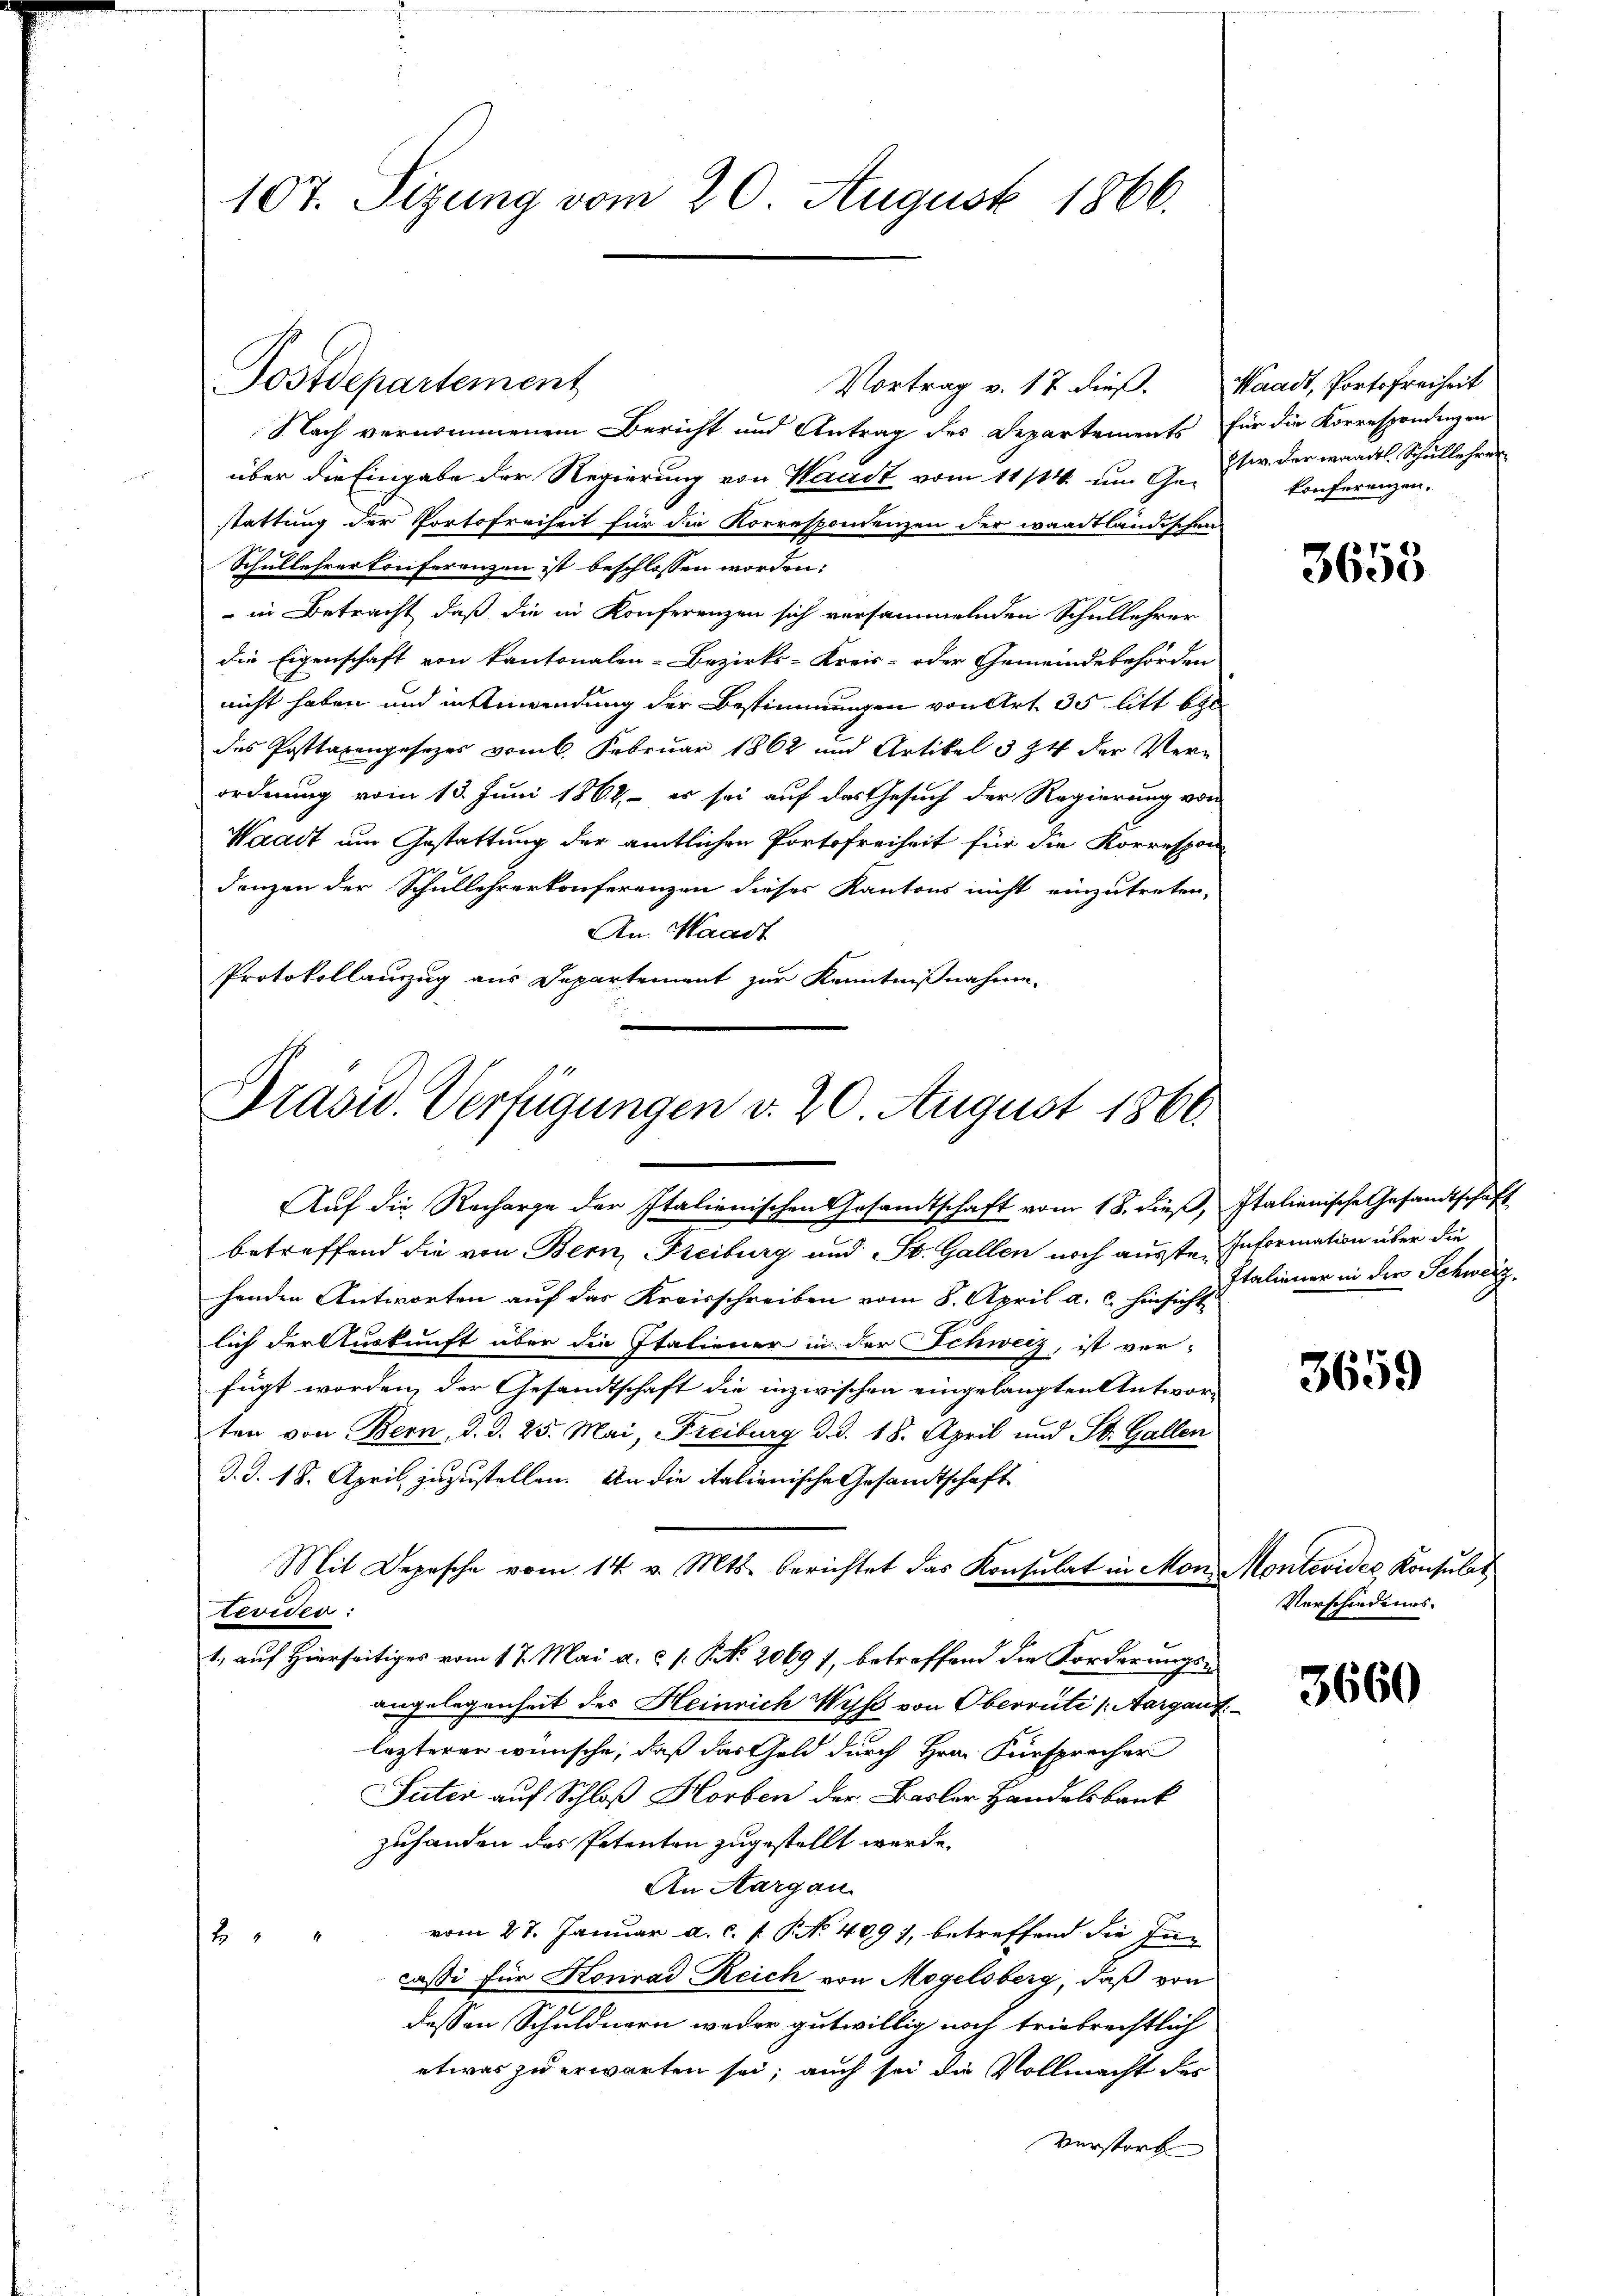
107. Sizung vom 20. August 1866.

Vortrag v. 17 dieß. Waadt, Portofreiheit
Nach vernommenem Bericht und Antrag des Departements für die Korrespondenzen
über die Eingabe der Regierung von Waadt vom 11/14. um Gestattung der Portofreiheit für die Korrespondenzen der waadtländischen
Schullehrer konferenzen ist beschlossen worden:
 in Betracht, daß die in Konferenzen sich versammelnden Schullehrer
die Eigenschaft von Kantonalen-Bezirks-Kreis- oder Gemeindebehörden
nicht haben und in Anwendung der Bestimmungen von Art. 35 litt be
des Posttaxengesezes vom 6. Februar 1862 und Artikel 3 24 der Verordnung vom 13. Juni 1862, es sei auf das Gesuch der Regierung von
Waadt um Gestattung der amtlichen Portofreiheit für die Korrespon
denzen der Schullehrerkonferenzen dieses Kantons nicht einzutreten,
An Waadt
Protokollauszug aus Departement zur Kenntnißnahme.
Präsid. Verfügungen d. 20. August 1860.

Postdepartement

Auf die Recharge der Italienischen Gesandtschaft vom 18. dieß, Italienische Gesandtschaft
betreffend die von Bern, Freiburg und St. Gallen noch ausste. Information über die
henden Antworten auf das Kreisschreiben vom 8. April a. c. hinsicht
lich der Auskunft über die Italiener in der Schweiz, ist ver-
fügt worden, der Gesandtschaft die inzwischen eingelangten Antworten von Bern, d. d. 25. Mai, Freiburg d. d. 18. April und St. Gallen
J. J. 18. April, zuzustellen. An die italienische Gesandtschaft
Mit Depesche vom 14. v. Mts. berichtet das Konsulat in Montevider:
1., auf Hierseitiges vom 17. Mai a. c. s. No. 2069 7, betreffend die Forderungs-
angelegenheit des Heinrich Wyß von Oberrüti (Aargau
lezterer wünsche, daß das Geld durch Hrn. Fürsprecher
Suter auf Schloß Horben der Basler Handelsbank
zuhanden des Petenten zugestellt werde.
An Aargau
vom 27. Januar a. c. f. No 409), betreffend die In-
1
2
cassi für Konrad Reich von Mogelsberg, daß von
dessen Schuldnern weder gutwillig noch triebrechtlich
etwas zu erwarten sei; auch sei die Vollmacht des
Verstorb

Etw. der waadtl. Schullehrer
konferenzen.

t

3655

Italiener in der Schweiz.

3659

Montevides Konsulat
Verschiedenes.

3660